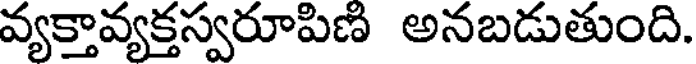
వ్యక్తావ్యక్తస్వరూపిణి అనబడుతుంది.